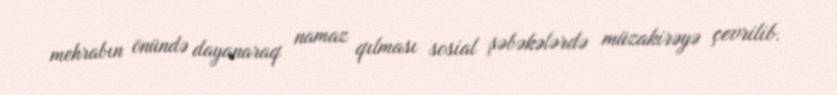
mehrabın önündə dayanaraq namaz qılması sosial şəbəkələrdə müzakirəyə çevrilib.